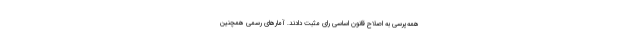
همه‌پرسی به اصلاح قانون اساسی رای مثبت دادند. آمارهای رسمی همچنین